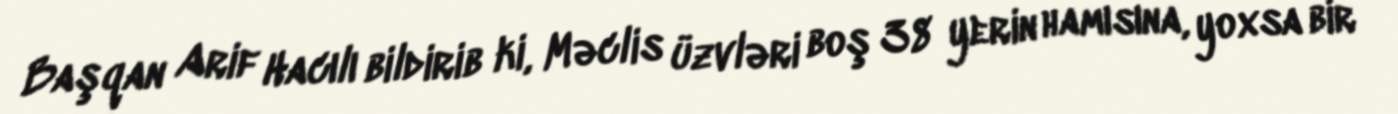
Başqan Arif Hacılı bildirib ki, Məclis üzvləri boş 38 yerin hamısına, yoxsa bir